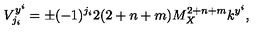
V _ { j _ { i } } ^ { y ^ { i } } = \pm ( - 1 ) ^ { j _ { i } } 2 ( 2 + n + m ) M _ { X } ^ { 2 + n + m } k ^ { y ^ { i } } , \,